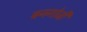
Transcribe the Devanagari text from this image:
बनगोजी